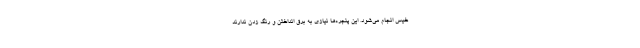
خیس انجام می‌شود. این پنجره‌ها نیازی به برق انداختن و رنگ زدن ندارند